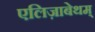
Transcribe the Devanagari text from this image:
एलिज़ाबेथम्